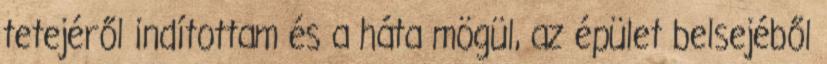
tetejéről indítottam és a háta mögül, az épület belsejéből